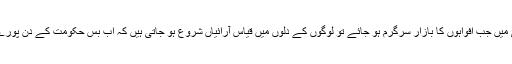
ہماری اس دھرتی میں جب افواہوں کا بازار سرگرم ہو جائے تو لوگوں کے دلوں میں قیاس آرائیاں شروع ہو جاتی ہیں کہ اب بس حکومت کے دن پورے ہونے لگے ہیں۔